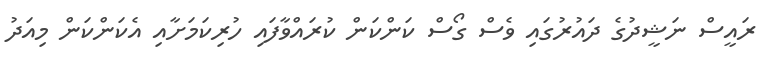
ރައީސް ނަޝީދުގެ ދައުރުގައި ވެސް ގޯސް ކަންކަން ކުރައްވާފައި ހުރިކަމަށާއި އެކަންކަން މިއަދު